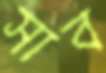
সাব